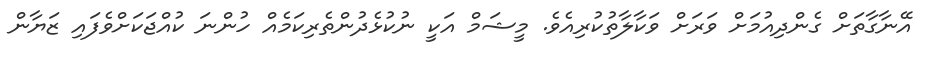
އޭނާގާތަށް ގެންދިއުމަށް ވަރަށް ވަކާލާތުކުރިއެވެ. މީޝަމް އަކީ ނުކުޅެދުންތެރިކަމެއް ހުންނަ ކުއްޖަކަށްވެފައި ޒަޔާން